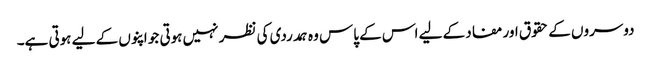
دوسروں کے حقوق اور مفاد کے لیے اس کے پاس وہ ہمدردی کی نظر نہیں ہوتی جو اپنوں کے لیے ہوتی ہے۔